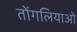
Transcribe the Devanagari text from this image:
तोंगलियाओ